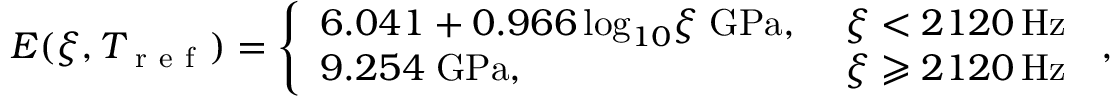
E ( \xi , T _ { \mathrm { ~ r ~ e ~ f ~ } } ) = \left\{ \begin{array} { l l } { 6 . 0 4 1 + 0 . 9 6 6 { \, \log _ { 1 0 } } { \xi } \mathrm { \; G P a , \ } } & { \xi < 2 1 2 0 \mathrm { \, H z } } \\ { 9 . 2 5 4 \mathrm { \; G P a , \ } } & { \xi \geqslant 2 1 2 0 \mathrm { \, H z } } \end{array} \right. \, ,